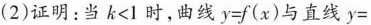
(2)证明：当 $$k < 1$$ 时，曲线 $$y = f ( x )$$ 与直线 $$y =